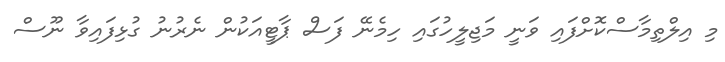
މި އިލްތިމާސްކޮށްފައި ވަނީ މަޖިލީހުގައި ހިމެނޭ ފަސް ޕާޓީއަކުން ނެރުނު ގުޅިފައިވާ ނޫސް